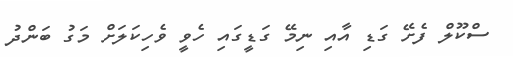
ސްކޫލް ފެށޭ ގަޑި އާއި ނިމޭ ގަޑީގައި ހެވީ ވެހިކަލަށް މަގު ބަންދު